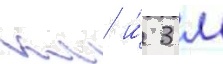
км и́ 3 м